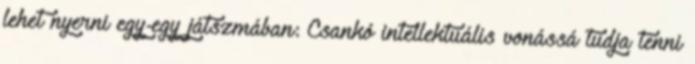
lehet nyerni egy-egy játszmában: Csankó intellektuális vonássá tudja tenni